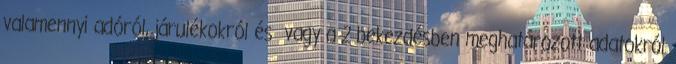
valamennyi adóról, járulékokról és vagy a 2 bekezdésben meghatározott adatokról